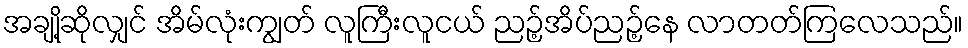
အချို့ဆိုလျှင် အိမ်လုံးကျွတ် လူကြီးလူငယ် ညဉ့်အိပ်ညဉ့်နေ လာတတ်ကြလေသည်။